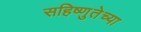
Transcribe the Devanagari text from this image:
सहिष्णुतेच्या